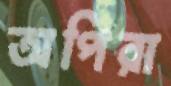
অপিরা